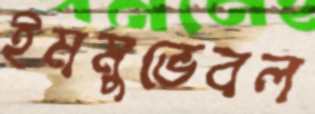
ইমমুভেবল